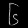
Digit: ၆